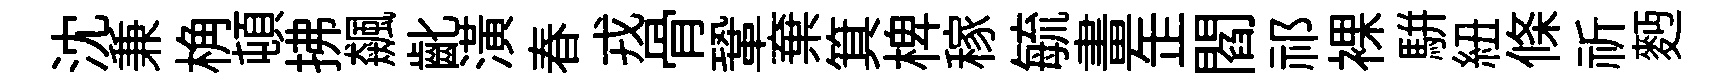
沈兼桷頓拂飆齔潢春戎骨鞏棄箕椑稼毓畫𦈢閻祁裸駢紐條祈麪